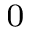
_ { 0 }